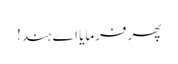
پھر فرمایا اے ہند!